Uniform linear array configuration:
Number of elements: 24
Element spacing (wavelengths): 1
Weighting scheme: blackman
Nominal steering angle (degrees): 60
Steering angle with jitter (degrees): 60.412
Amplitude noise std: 0.05
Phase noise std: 0.05

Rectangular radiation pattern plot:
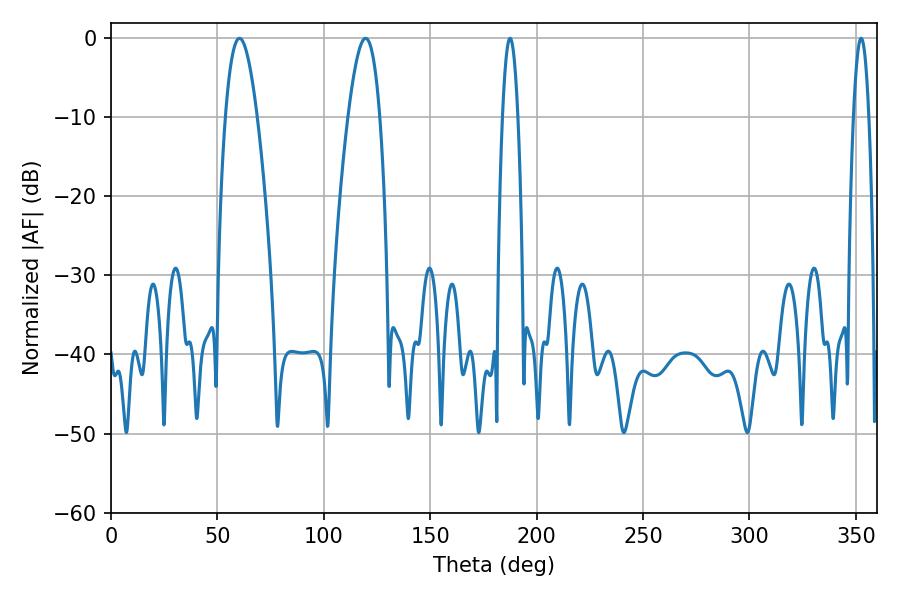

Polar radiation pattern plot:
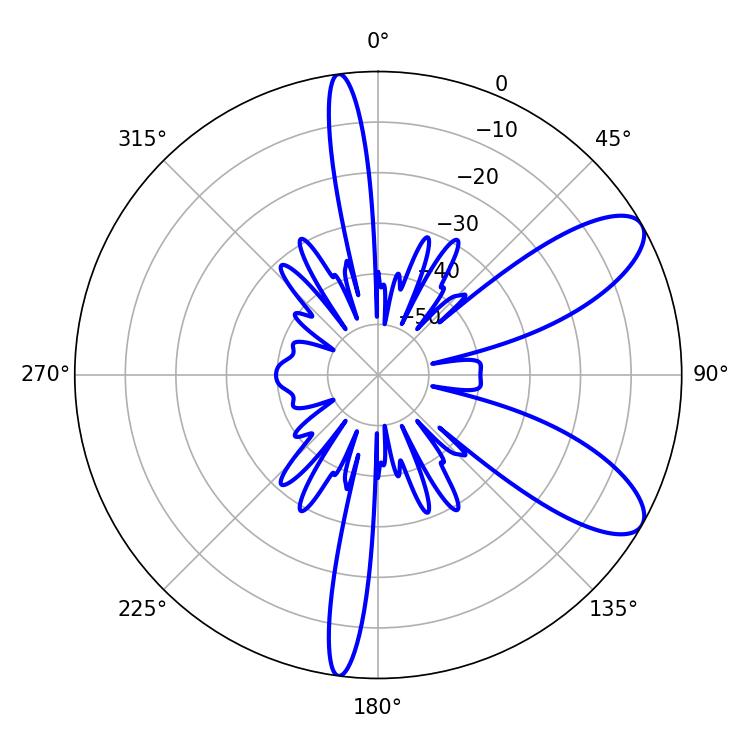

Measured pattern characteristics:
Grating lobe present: TRUE
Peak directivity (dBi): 9.06
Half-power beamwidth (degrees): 8.1
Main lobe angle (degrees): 60.3